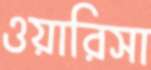
ওয়ারিসা